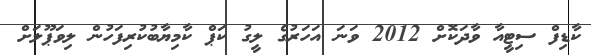
ކާޑިފް ސިޓީއާ ވާދަކޮށް 2012 ވަނަ އަހަރުގެ ލީގު ކަޕް ކާމިޔާބުކުރިފަހުން ލިވަޕޫލަށް